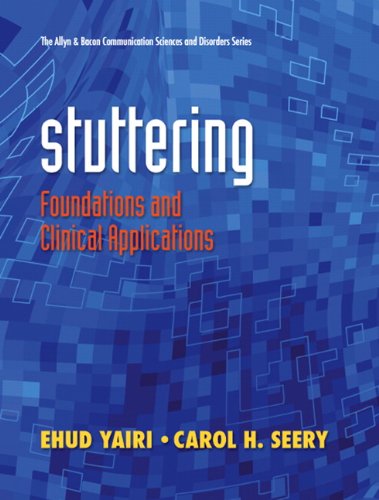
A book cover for Stuttering: Foundations and Clinical Applications (The Allyn & Bacon Communication Sciences and Disorders Series); Ehud H. Yairi; Medical Books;